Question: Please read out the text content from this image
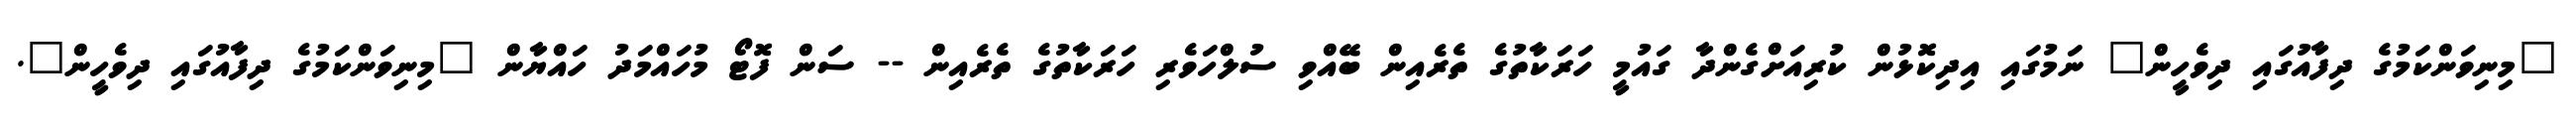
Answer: "މިނިވަންކަމުގެ ދިފާއުގައި ދިވެހީން" ނަމުގައި އިދިކޮޅުން ކުރިއަށްގެންދާ ގައުމީ ހަރަކާތުގެ ތެރެއިން ބޭއްވި ސުލްހަވެރި ހަރަކާތުގެ ތެރެއިން -- ސަން ފޮޓޯ މުހައްމަދު ހައްޔާން "މިނިވަންކަމުގެ ދިފާއުގައި ދިވެހީން".